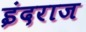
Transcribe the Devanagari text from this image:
इंदराज